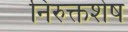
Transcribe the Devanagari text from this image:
निरुक्तशेष